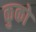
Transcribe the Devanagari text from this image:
कुको